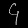
Digit: ၄